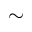
\sim